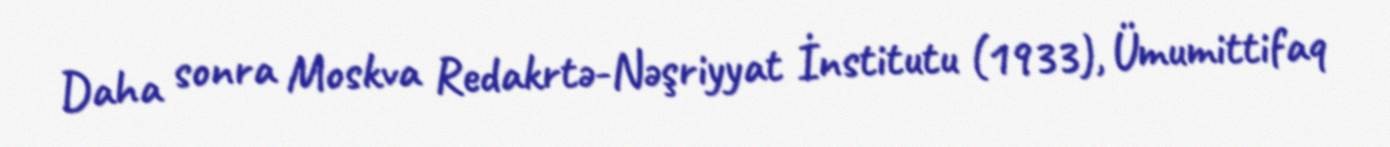
Daha sonra Moskva Redakrtə-Nəşriyyat İnstitutu (1933), Ümumittifaq